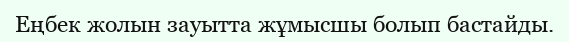
Еңбек жолын зауытта жұмысшы болып бастайды.